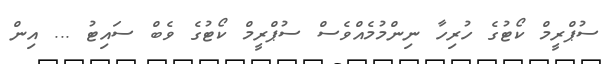
ސުޕްރީމް ކޯޓުގެ ހުރިހާ ނިންމުމެއްވެސް ސުޕްރީމް ކޯޓުގެ ވެބް ސައިޓު ... އިން